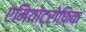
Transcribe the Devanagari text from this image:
एमियोट्रोफ़िक